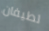
لطيفان